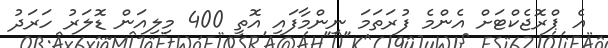
އެ ޕްރޮޖެކްޓަށް އެންމެ ފުރަތަމަ ނިންމާފައި އޮތީ 400 މިލިއަން ޑޮލަރު ހަރަދު